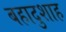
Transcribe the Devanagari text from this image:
बहादुशाह